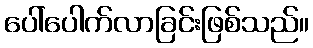
ပေါ်ပေါက်လာခြင်းဖြစ်သည်။